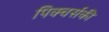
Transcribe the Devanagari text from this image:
पिक्चर्सकी